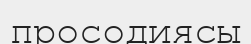
просодиясы